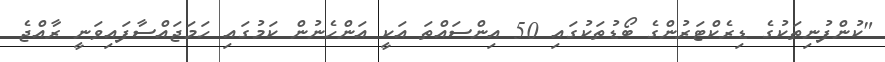
"ކުންފުނިތަކުގެ ޑިރެކްޓަރުންގެ ބޯޑުތަކުގައި 50 އިންސައްތަ އަކީ އަންހެނުން ކަމުގައި ހަމަޖައްސާފައިވަނީ ރާއްޖެ